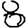
Digit: 8